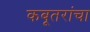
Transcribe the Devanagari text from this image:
कबूतरांचा